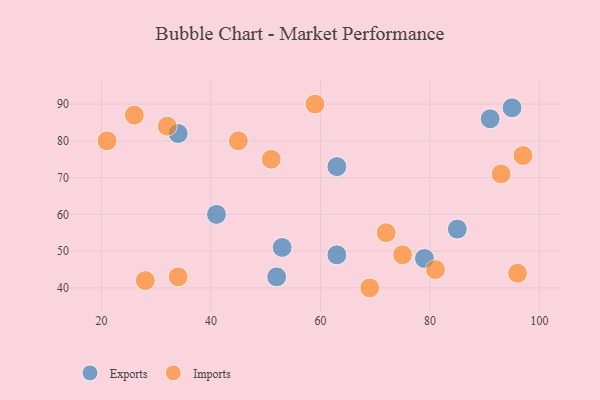
{"axis": {"x": "GDP", "y": "Life Expectancy"}, "legend": ["Exports", "Imports"], "data": [{"x": "63", "y": 49, "type": "Exports"}, {"x": "95", "y": 89, "type": "Exports"}, {"x": "52", "y": 43, "type": "Exports"}, {"x": "53", "y": 51, "type": "Exports"}, {"x": "63", "y": 73, "type": "Exports"}, {"x": "41", "y": 60, "type": "Exports"}, {"x": "34", "y": 82, "type": "Exports"}, {"x": "91", "y": 86, "type": "Exports"}, {"x": "85", "y": 56, "type": "Exports"}, {"x": "79", "y": 48, "type": "Exports"}, {"x": "72", "y": 55, "type": "Imports"}, {"x": "75", "y": 49, "type": "Imports"}, {"x": "51", "y": 75, "type": "Imports"}, {"x": "97", "y": 76, "type": "Imports"}, {"x": "96", "y": 44, "type": "Imports"}, {"x": "69", "y": 40, "type": "Imports"}, {"x": "32", "y": 84, "type": "Imports"}, {"x": "34", "y": 43, "type": "Imports"}, {"x": "45", "y": 80, "type": "Imports"}, {"x": "93", "y": 71, "type": "Imports"}, {"x": "21", "y": 80, "type": "Imports"}, {"x": "59", "y": 90, "type": "Imports"}, {"x": "28", "y": 42, "type": "Imports"}, {"x": "81", "y": 45, "type": "Imports"}, {"x": "26", "y": 87, "type": "Imports"}]}